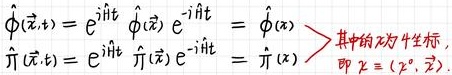
$\hat{\phi}(\vec{x},t)=e^{i\hat{H}t}\hat{\phi}(\vec{x})e^{-i\hat{H}t}=\hat{\phi}(x)\\
\hat{\pi}(\vec{x},t)=e^{i\hat{H}t}\hat{\pi}(\vec{x})e^{-i\hat{H}t}=\hat{\pi}(x)\Bigg\}\begin{array}{l}其中的x为4 - 坐标,\\ 即x=(x^{0},\vec{x}).\end{array}$